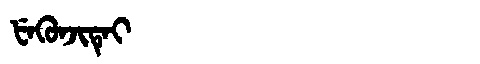
Manchu: ᡶᡝᡴᡠᠨᠵᡳᡨᡝᡳ
Romanization: FEKUNJITEI